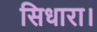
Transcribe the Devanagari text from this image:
सिधारा।